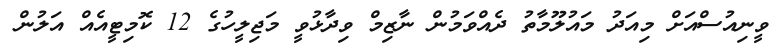
ވީނިއުސްއަށް މިއަދު މައުލޫމާތު ދެއްވަމުން ނާޒިމް ވިދާޅުވީ މަޖިލީހުގެ 12 ކޮމިޓީއެއް އަލުން